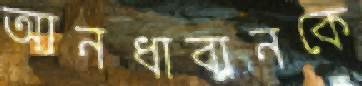
আনধাবানকে